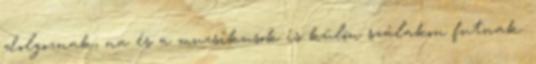
dolgoznak, na és a muzsikusok is külön szálakon futnak.